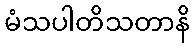
မံသပါတိသတာနိ